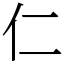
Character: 仁